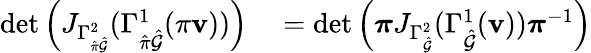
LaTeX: \begin{array}{rl}{\operatorname*{det}\left(J_{\Gamma_{\hat{\pi}\hat{\mathcal{G}}}^{2}}(\Gamma_{\hat{\pi}\hat{\mathcal{G}}}^{1}(\pi\mathbf{v}))\right)}&{{}=\operatorname*{det}\left(\boldsymbol{\pi}J_{\Gamma_{\hat{\mathcal{G}}}^{2}}(\Gamma_{\hat{\mathcal{G}}}^{1}(\mathbf{v}))\boldsymbol{\pi}^{-1}\right)}\end{array}